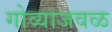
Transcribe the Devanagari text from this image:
गोव्याजवळ